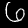
Label: 6